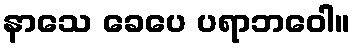
နာသေ ခေပေ ပရာဘဝေါ။